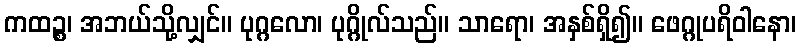
ကထဉ္စ၊ အဘယ်သို့လျှင်။ ပုဂ္ဂလော၊ ပုဂ္ဂိုလ်သည်။ သာရော၊ အနှစ်ရှိ၍။ ဖေဂ္ဂုပရိဝါနော၊